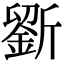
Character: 𣃋